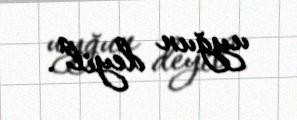
uyğun deyil".